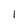
Character: l